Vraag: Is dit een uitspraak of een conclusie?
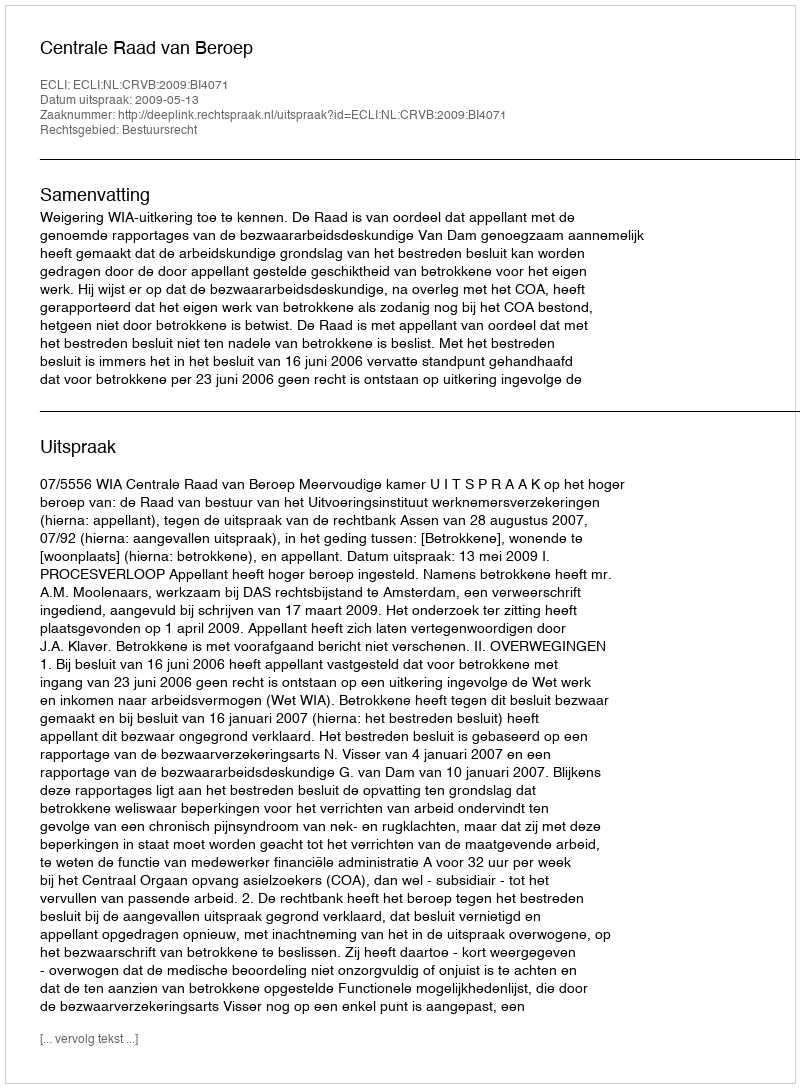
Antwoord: Uitspraak